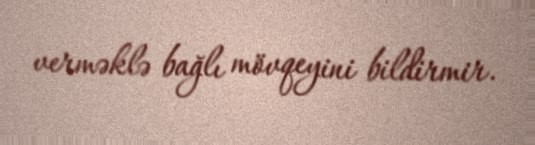
verməklə bağlı mövqeyini bildirmir.